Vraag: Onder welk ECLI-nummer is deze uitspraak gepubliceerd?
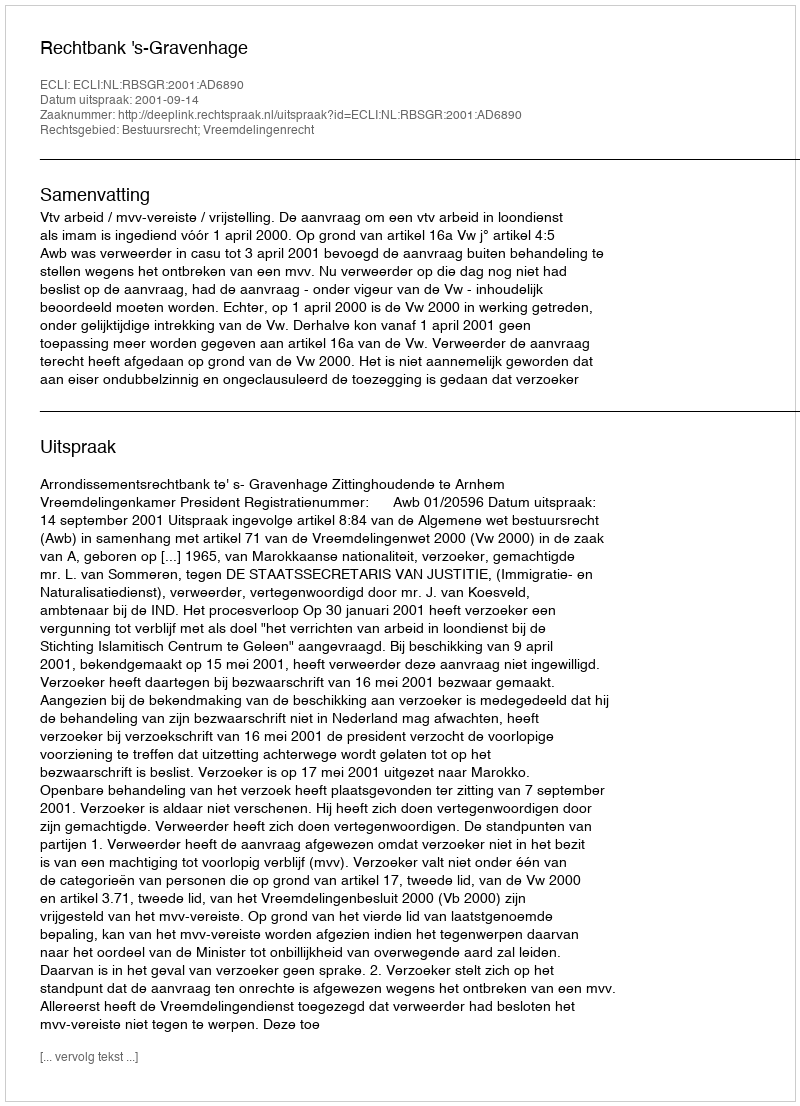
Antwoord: ECLI:NL:RBSGR:2001:AD6890